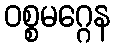
ဝစ္စမဂ္ဂေန